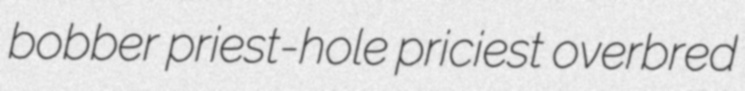
bobber priest-hole priciest overbred